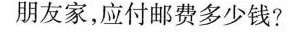
朋友家，应付邮费多少钱？